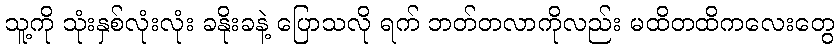
သူ့ကို သုံးနှစ်လုံးလုံး ခနိုးခနဲ့ ပြောသလို ရက် ဘတ်တလာကိုလည်း မထိတထိကလေးတွေ